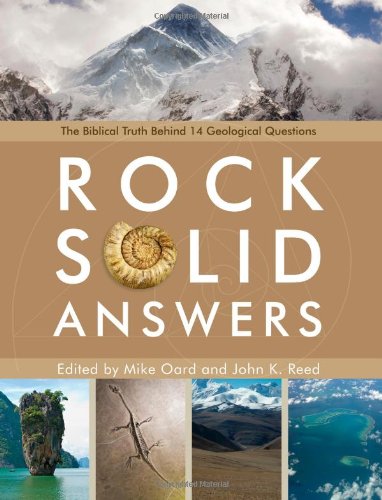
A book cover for Rock Solid Answers: The Biblical Truth Behind 14 Geologic Questions; Mike Oard; Christian Books & Bibles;